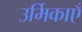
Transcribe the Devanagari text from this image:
उर्मिकाएँ